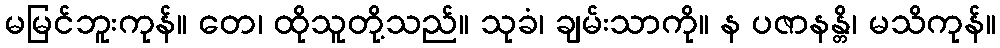
မမြင်ဘူးကုန်။ တေ၊ ထိုသူတို့သည်။ သုခံ၊ ချမ်းသာကို။ န ပဇာနန္တိ၊ မသိကုန်။